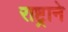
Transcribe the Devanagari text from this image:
राष्ट्रानेे